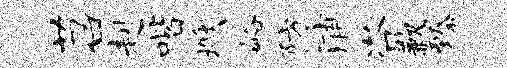
苕赳喈燠峪防浦咨歉臻